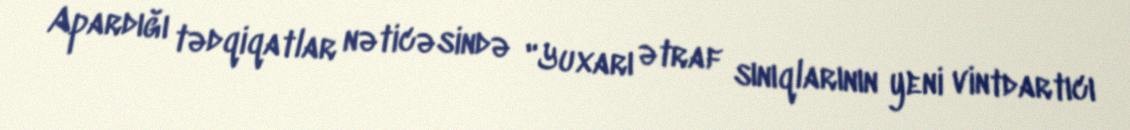
Apardığı tədqiqatlar nəticəsində "Yuxarı ətraf sınıqlarının yeni vintdartıcı